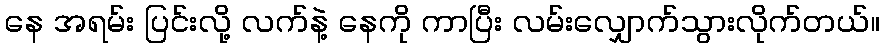
နေ အရမ်း ပြင်းလို့ လက်နဲ့ နေကို ကာပြီး လမ်းလျှောက်သွားလိုက်တယ်။